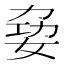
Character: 𪥺